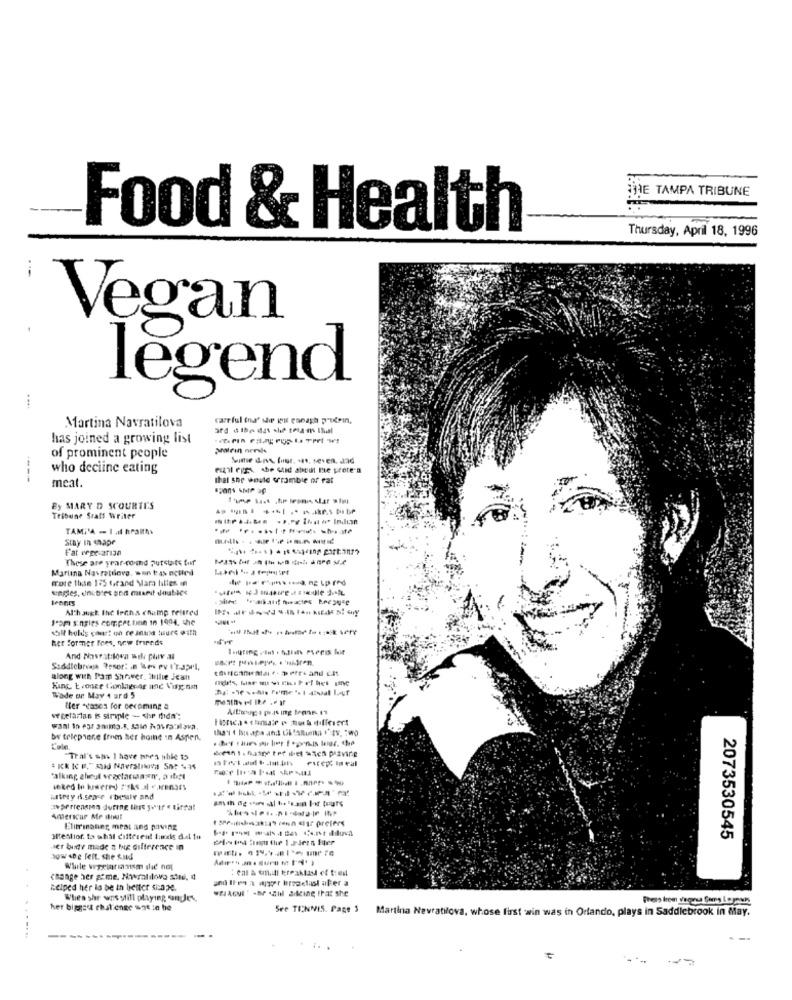
THE TAMPA TRIBUNE
Food & Health
Thursday, April 18, 1996
Vegan
legend
....
carr ful (na" she wolf esnash protein,
Martina Navratilova
has joined a growing list
of prominent people
---
who decline eating
esqil egr she said about me prete a
meal.
that she would cramble of rat
By MARY D SCOURTE'S
Tribune Statt Writer
TAMI'A - 1 .Il hraif0%
Stay In shape
---------
Fat erge-arian
These are year-round pursuits fur
Martina Navratilova, won tas nclied
more than 135 6,rand Mara lilies en
Alch augt. Ihc Inch.s champ feltred
Som singles compet.finn in 1994, the
SR holds const on re intoa tours with
het former fees, new friends
Saddlebreath Teser: a wes Pv t'raprl,
along with Pam Shower. tullie jcisnt
Kinc Econce things ag and Vig na
Wade on May 4 ard 5
Her -cases for becoming a
vegetarian is striple - she didn";
by telephone from her hoine in Aspen,
Tral's sa. I have phes able to
seked lo kesered 'sks al varenars
untry A.sea-r Ibesile and
Amerscur Me dit
Elitrinanier meat and paving
2073530545
Her bude made a te difference in
wow she felt. she &ild
Wile vegetarianism did not
change her game, Navratilova site, 4
helped her la be th better sicape.
"JAGNI ' -b .Il adding that she
When she was still playing angles
her biggest chal enge sos :e he
See TENNIS. Page 3
Martina Navratilova, whose first win was in Orlando, plays in Saddlebrook in May.
........
---